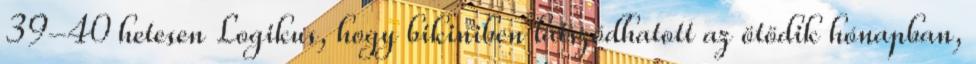
39-40 hetesen Logikus, hogy bikiniben látszódhatott az ötödik hónapban,